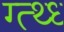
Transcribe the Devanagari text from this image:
ग्त्थ्ध्